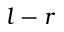
l - r